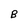
Character: B